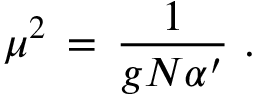
\mu ^ { 2 } \, = \, { \frac { 1 } { g N \alpha ^ { \prime } } } \, \, .